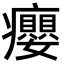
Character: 癭